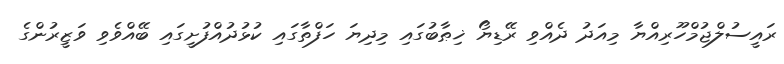
ރައީސުލްޖުމްހޫރިއްޔާ މިއަދު ދެއްވި ރޭޑިޔޯ ޚިޠާބުގައި މިދިޔަ ހަފްތާގައި ކުޅުދުއްފުށީގައި ބޭއްވެވި ވަޒީރުންގެ